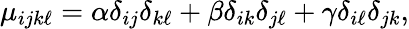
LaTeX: \mu_{ijk\ell}=\alpha\delta_{ij}\delta_{k\ell}+\beta\delta_{ik}\delta_{j\ell}+\gamma\delta_{i\ell}\delta_{jk},